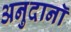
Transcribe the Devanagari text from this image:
अनुदानॉ